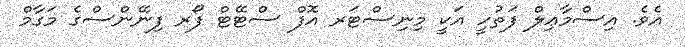
އެވެ. އިސްމާޢިލް ފަތުހީ އަކީ މިނިސްޓަރ އޮފް ސްޓޭޓް ފޯރ ފިނޭންސްގެ މަގާމް